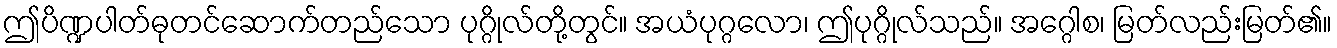
ဤပိဏ္ဍပါတ်ဓုတင်ဆောက်တည်သော ပုဂ္ဂိုလ်တို့တွင်။ အယံပုဂ္ဂလော၊ ဤပုဂ္ဂိုလ်သည်။ အဂ္ဂေါစ၊ မြတ်လည်းမြတ်၏။